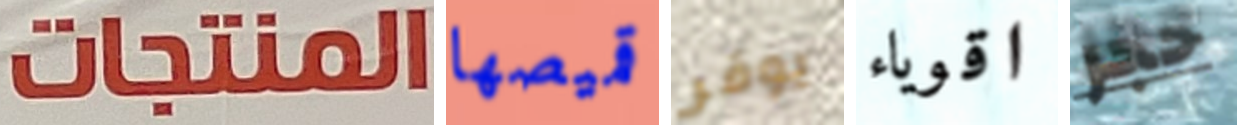
المنتجات قميصها يوفر اقوياء حجر